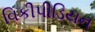
વિકીપીડિયન